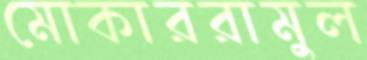
মোকাররামুল